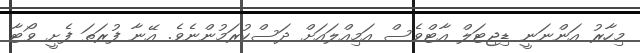
މިހާރު އަންނަނީ ޑިޖިޓަލް އާޓްވެސް އަމިއްލައަށް ދަސްކުރަމުންނެވެ. އޭނާ ފުރަތަަ ފެށީ ވޯޓާ